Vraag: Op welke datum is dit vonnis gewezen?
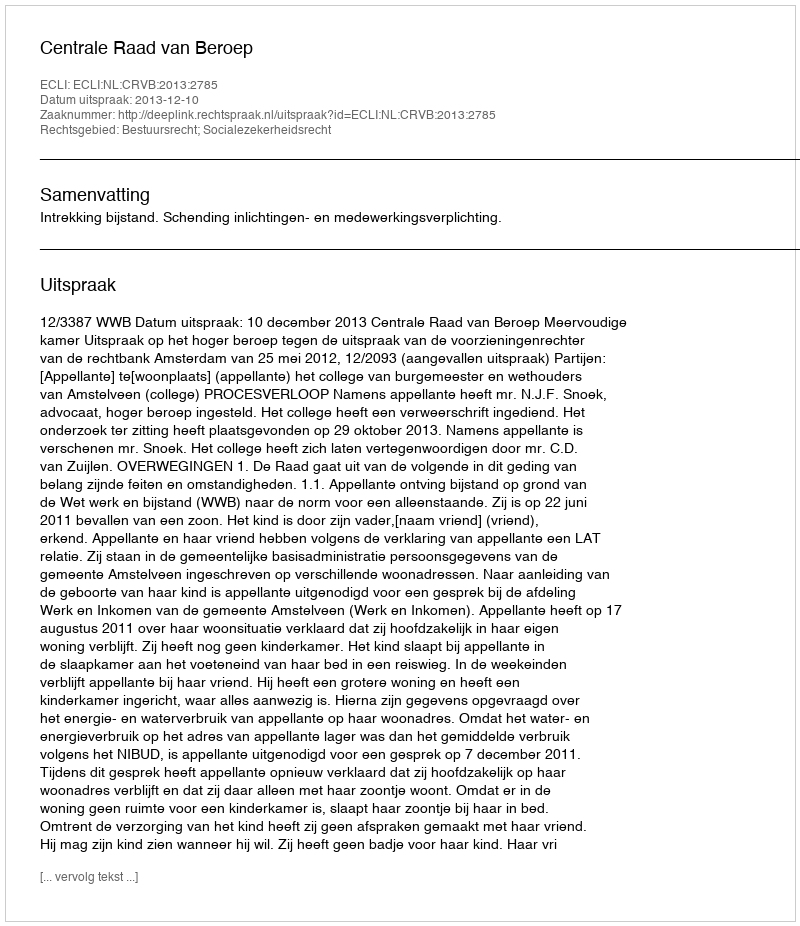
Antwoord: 2013-12-10